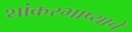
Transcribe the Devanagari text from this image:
शांकरभाष्याचे